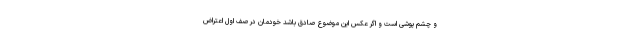
و چشم پوشی است و اگر عکس این موضوع صادق باشد خودمان در صف اول اعتراض